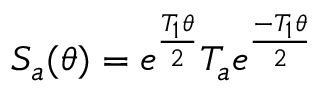
S _ { a } ( \theta ) = e ^ { \frac { T _ { 1 } \theta } { 2 } } T _ { a } e ^ { \frac { - T _ { 1 } \theta } { 2 } }